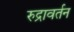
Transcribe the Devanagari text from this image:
रुद्रावर्तन